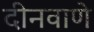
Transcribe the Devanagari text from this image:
दीनवाणे